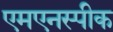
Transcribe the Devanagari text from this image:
एमएनस्पीक